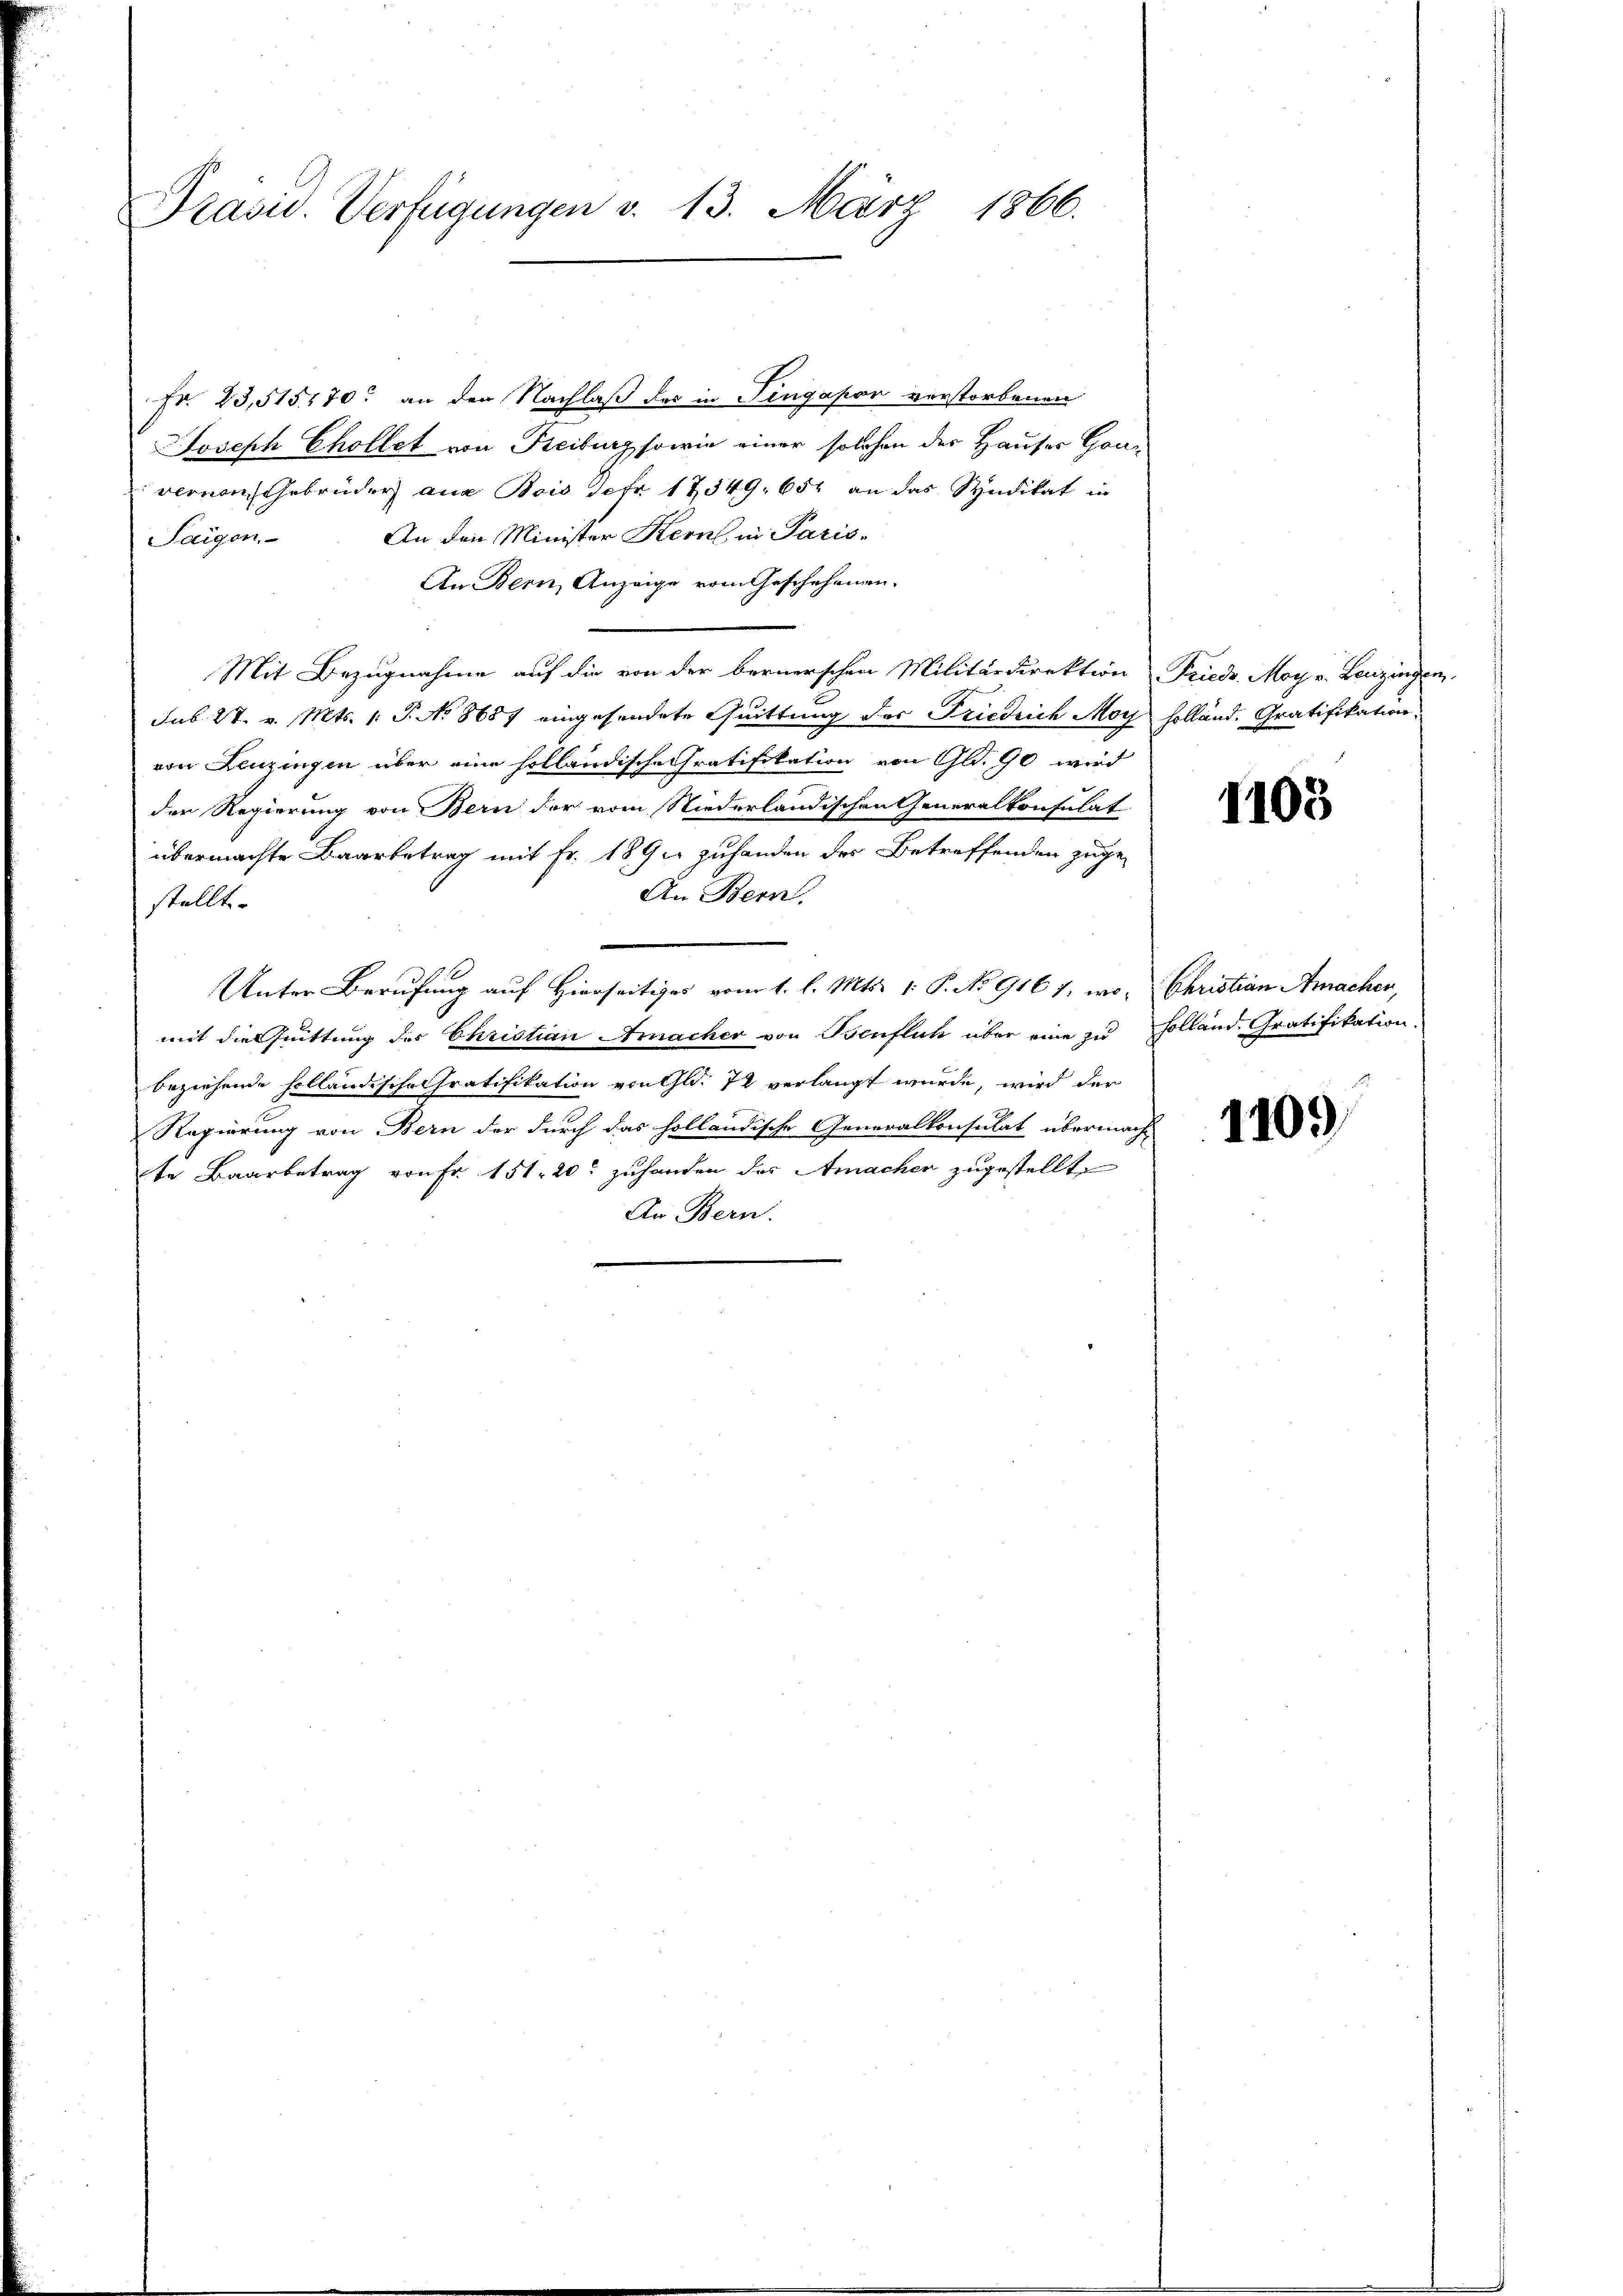
Präsid. Verfügungen v. 13. März 1866.

Fr. 23,515170 an den Nachlaß des in Pingapor verstorbenen
Joseph Chollet von Reiburg sowie einer solchen der Hauser Gouvernen Gebrüder aus Bois Petr. 17349. 651 an das Syndikat in
An den Minister Kern, in Paris¬
Taigen
An Bern, Anzeige vom Geschehenden.
Mit Bezugnahme auf die von der bernerschen Militärdirektion Friedr. May v. Lanzingen,
Sub. 27. v. Mts. 1. P. No 8687 eingesendete Quittung des Friedrich Moy holland. Gratifikation
von Leuzingen über eine holländische Gratifikation von Gld. 90 wird
der Regierung von Bern der vom Niederländischen Generalkonsulat
übermachte Baarbetrag mit Fr. 1890 zuhanden des Betreffenden zuge-
An Bern.
stellt.
39. 6
Unter Berufung auf Hierseitiges vom 1. l. Mts. 1. P. No 9167, wo- Christian Amachen,
mit die Quittung der Christian Amacher von Benflich über eine zu Holland. Gratifikation
beziehende holländische Gratifikation von Gld. 72 verlangt wurde, wird der
Regierung von Bern der durch das holländische Generalkonsulat übermacht
te Baarbetrag von Fr. 151. 20 zuhanden das Amachen zugestellte
An Bern.

1103

1109